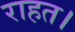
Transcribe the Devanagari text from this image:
राहत।